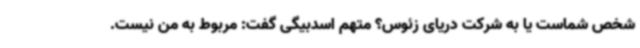
شخص شماست یا به شرکت دریای زئوس؟ متهم اسدبیگی گفت: مربوط به من نیست.